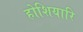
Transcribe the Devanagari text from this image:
होशियारि